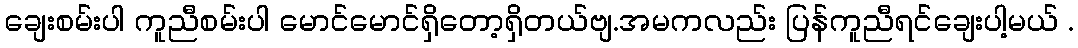
ချေးစမ်းပါ ကူညီစမ်းပါ မောင်မောင်ရှိတော့ရှိတယ်ဗျ.အမကလည်း ပြန်ကူညီရင်ချေးပါ့မယ် .